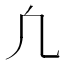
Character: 凢